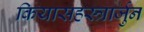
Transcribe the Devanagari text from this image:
कियासहस्त्रार्जुन